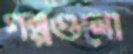
গল্পগুলো